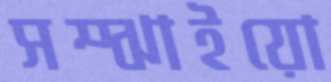
সম্‌ঝাইয়ো